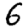
Digit: 6